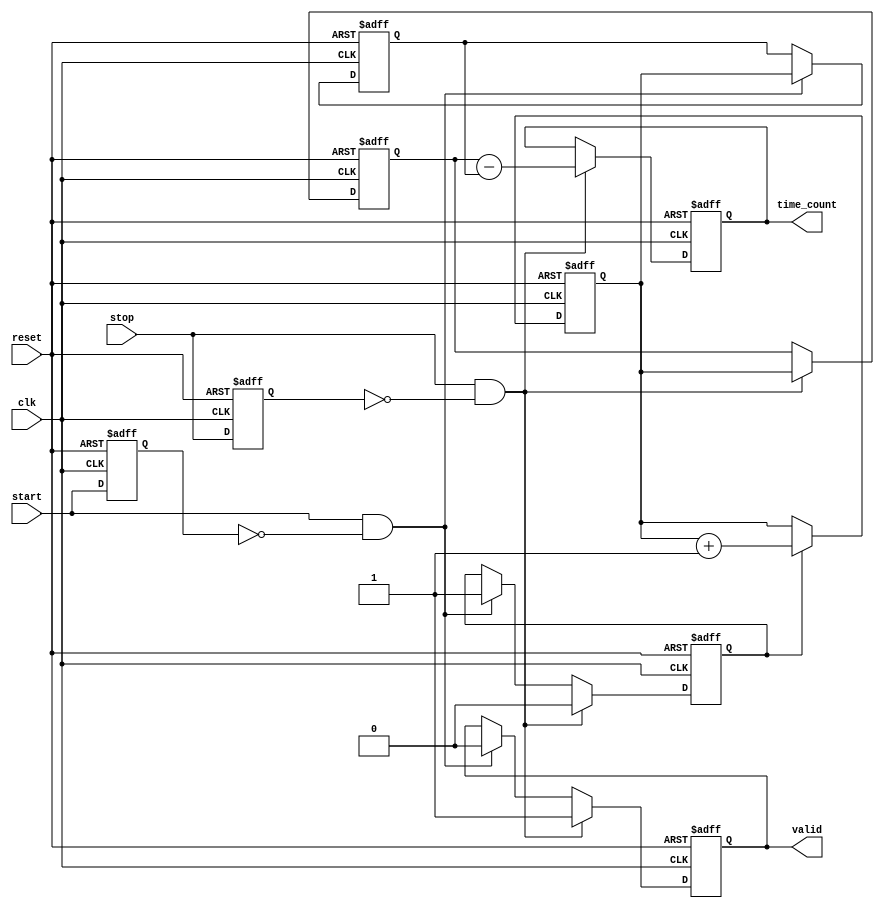
module TDC (
    input wire clk,            // Clock signal
    input wire start,          // Start signal
    input wire stop,           // Stop signal
    input wire reset,          // Reset signal
    output reg [N-1:0] time_count, // Time count output
    output reg valid           // Valid signal output
);
    parameter N = 32;          // Number of bits for the counter

    reg [N-1:0] counter;       // N-bit counter
    reg [N-1:0] start_time;    // Latch for start timestamp
    reg [N-1:0] stop_time;     // Latch for stop timestamp
    reg counting;              // State to indicate if counting is active

    // Edge detection for start and stop signals
    reg start_prev, stop_prev;

    always @(posedge clk or posedge reset) begin
        if (reset) begin
            // Reset all registers and state
            counter <= 0;
            start_time <= 0;
            stop_time <= 0;
            time_count <= 0;
            valid <= 0;
            counting <= 0;
            start_prev <= 0;
            stop_prev <= 0;
        end else begin
            // Update previous states for edge detection
            start_prev <= start;
            stop_prev <= stop;

            // Increment counter if counting is enabled
            if (counting) begin
                counter <= counter + 1;
            end

            // Detect rising edge of start signal
            if (start && !start_prev) begin
                start_time <= counter; // Latch start timestamp
                counting <= 1;         // Start counting
                valid <= 0;           // Reset valid signal
            end

            // Detect rising edge of stop signal
            if (stop && !stop_prev) begin
                stop_time <= counter;  // Latch stop timestamp
                counting <= 0;         // Stop counting
                time_count <= stop_time - start_time; // Calculate time interval
                valid <= 1;            // Set valid signal
            end
        end
    end
endmodule